system: You are a helpful assistant.
user:
Analyze the provided spectrum to determine if it is a **S-type Star**.

- **Key Indicators for S-type Star:**

    - **(Overall Spectrum Shape):** The first and most obvious characteristic is the overall continuum (the "baseline" shape). It is **extremely "red-sloping,"** meaning the flux (light intensity) is very low on the left side (blue, ~4000-4500 Å) and rises steeply and continuously toward the right side (red, ~7000 Å+).

    - **(Primary):** The spectrum is defined by the presence of strong, broad molecular absorption "valleys" (bands) from **Zirconium Oxide (ZrO)**. The identification of these bands is the **primary requirement** for classifying a star as S-type.
        - **(Key Bandheads):** You must find distinct, deep "dips" where the light has been absorbed. The most critical band systems to locate are:
            - **~6474 Å** ($\gamma$-system): This is often the strongest and clearest ZrO feature, found in the red part of the spectrum.
            - **~5718 Å** & **~5551 Å** ($\beta$-system): A pair of prominent absorption features in the yellow-orange part of the spectrum.
            - **~4640 Å** ($\alpha$-system): A key absorption band system in the blue-green region of the spectrum.

    - **(Secondary Confirmation):** The classification is strengthened by finding additional absorption bands from other related heavy element oxides, which are expected to be present alongside ZrO.
        - **(Key Bandheads):**
            - **Yttrium Oxide (YO):** Look for absorption dips near **~4800 Å** and **~6100 Å**.
            - **Lanthanum Oxide (LaO):** Additional absorption features, particularly in the red-orange part of the spectrum, are also characteristic.

    - **(Line Profile):** The combination of the steep red continuum and these numerous, deep molecular bands (ZrO, YO, etc.) gives the entire spectrum a very **"chopped-up"** or **"bumpy"** appearance. Instead of a smooth curve, the spectrum looks as though large, wide chunks of light have been "carved out" of it at the specific wavelengths listed above.

Think first, call **spectral_visualization_tool** if needed to examine features in detail, then provide your final answer. Your response must adhere to the following strict rules:
1.  **Overall Structure:** Your response must follow the format `<think>...</think> <tool_call>...</tool_call> (if a tool is used) <answer>...</answer>`.
2.  **Tool Usage Constraint:** You may only make **one** tool call per turn.
3.  **Final Answer Format:** In the `<answer>` tag, your conclusion must be inside a `\boxed{}` command (e.g., `\boxed{YES}` or `\boxed{NO}`), followed by your justification.

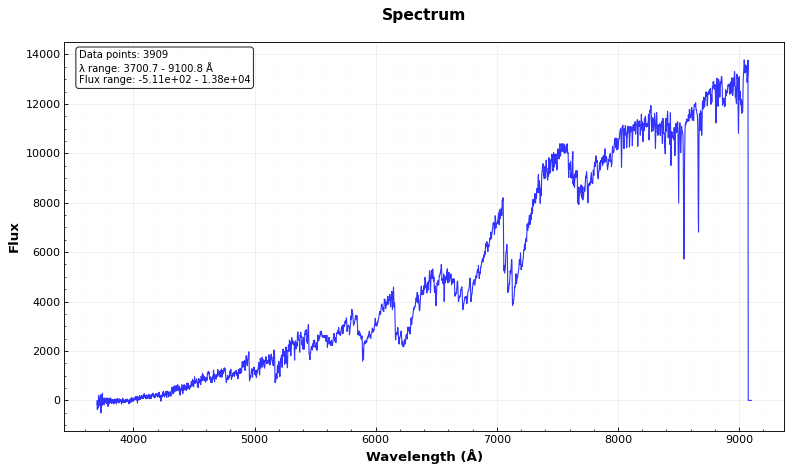
Answer: YES